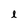
Character: l